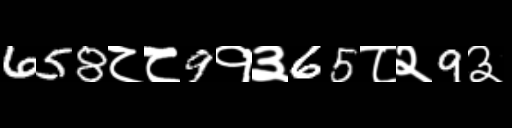
Text: 658८८9१३65८२9३